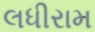
લધીરામ